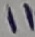
Text: 11